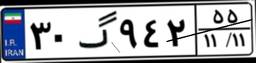
۳۰گ۹۴۲۵۵